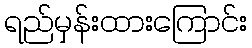
ရည်မှန်းထားကြောင်း